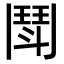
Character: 鬦